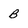
Character: B